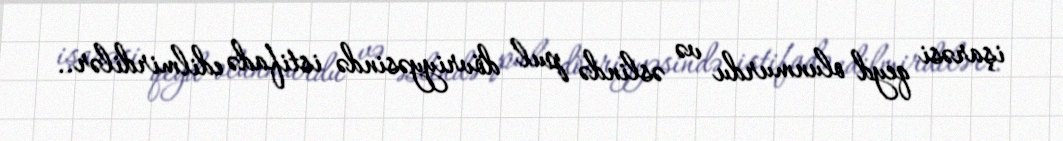
işarəsi qeyd olunmurdu və əslində pul dövriyyəsində istifadə edilmirdilər..